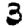
Digit: 3